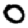
Digit: 0